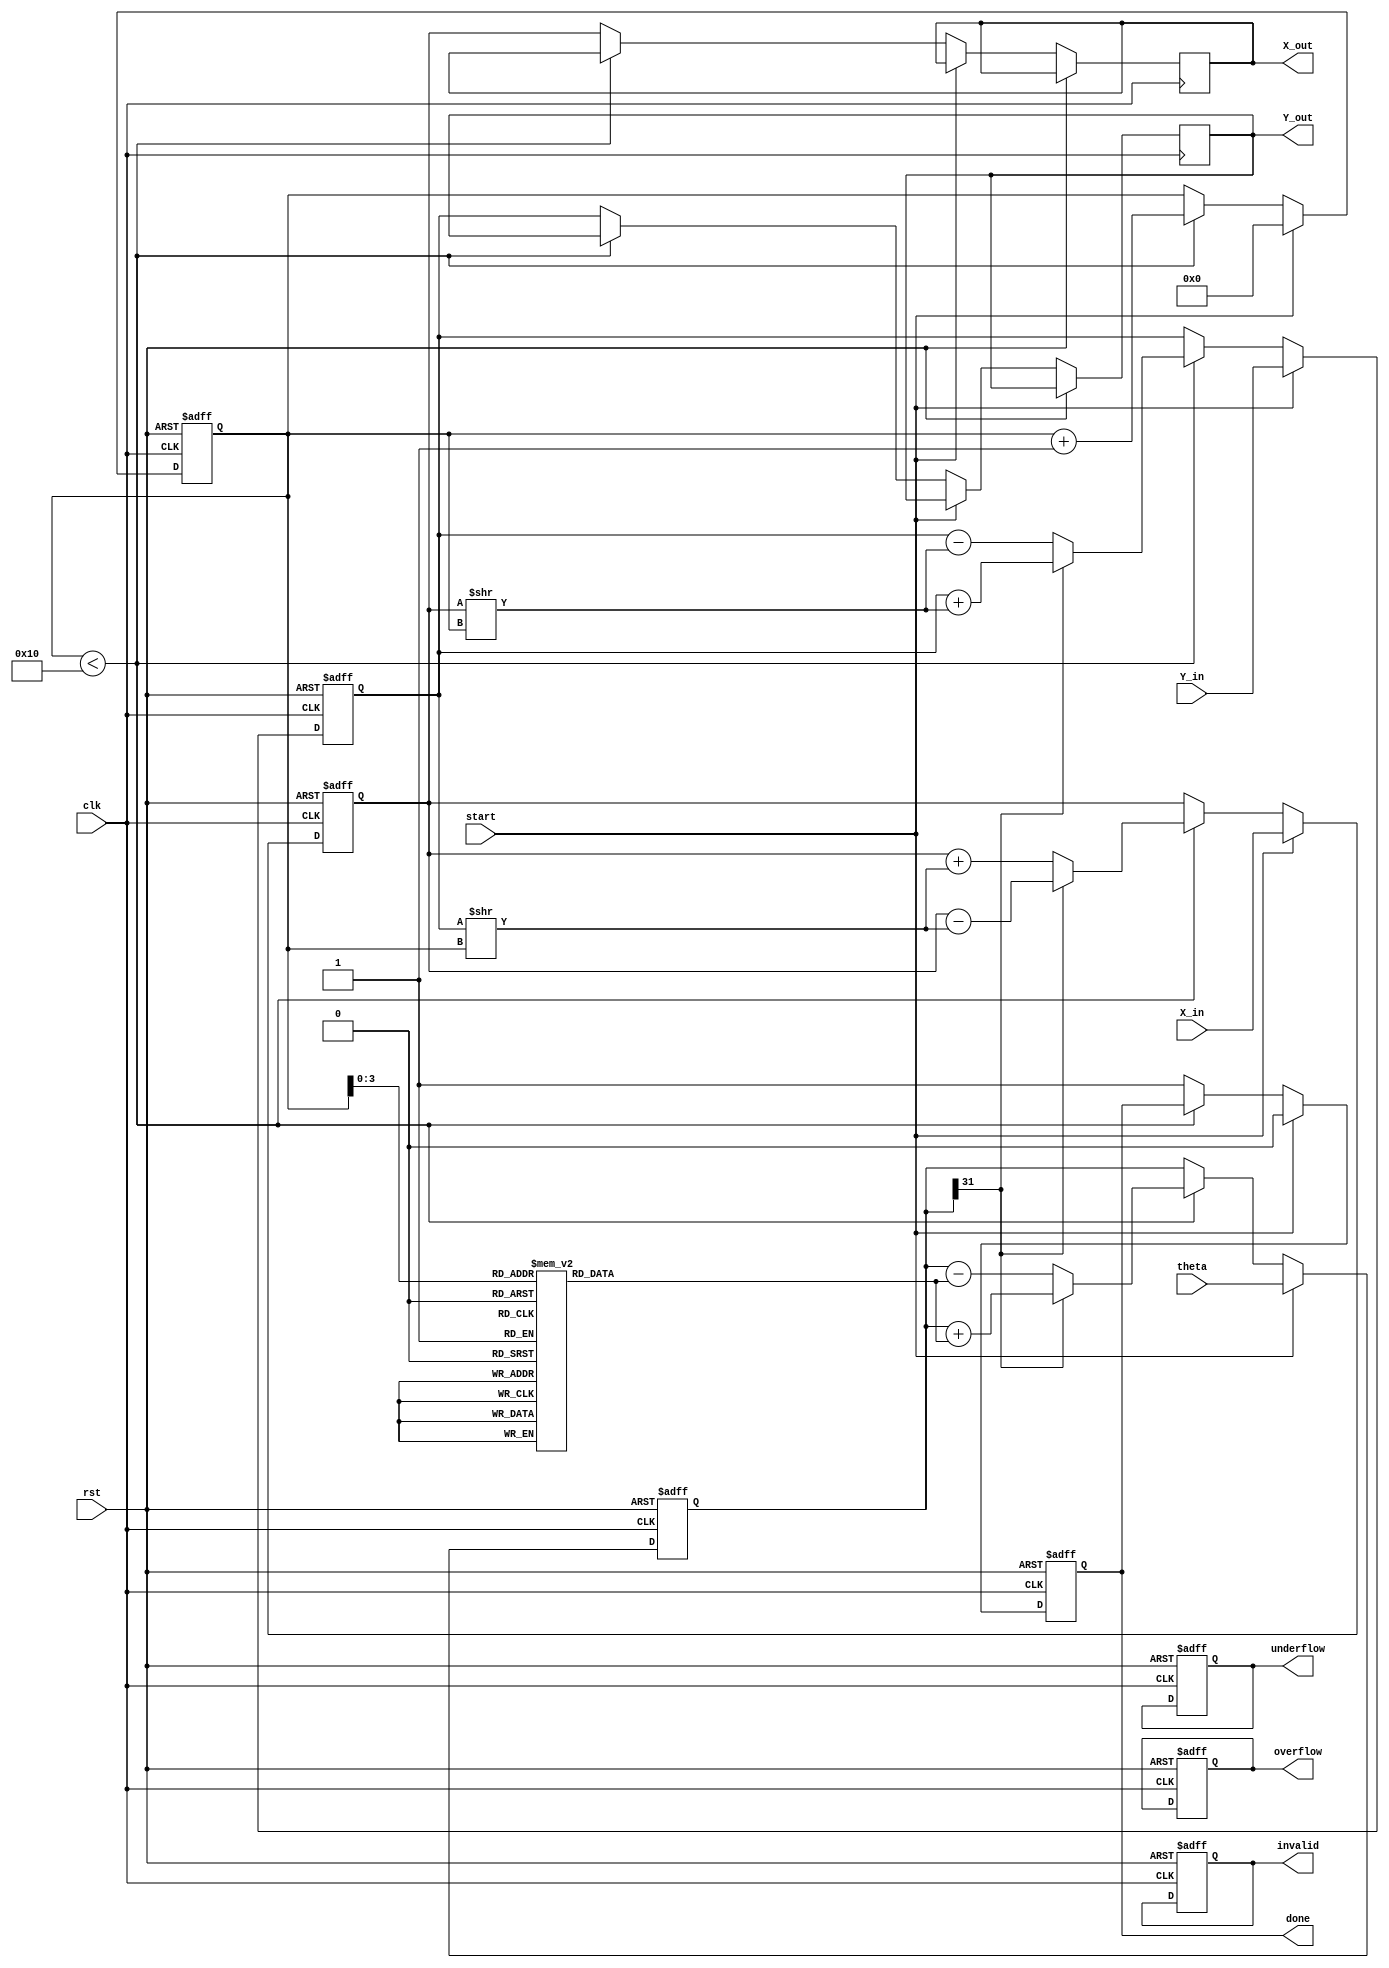
module cordic_floating_point (
    input wire clk,
    input wire rst,
    input wire start,
    input wire [31:0] X_in,  // IEEE 754 single-precision floating-point input
    input wire [31:0] Y_in,  // IEEE 754 single-precision floating-point input
    input wire [31:0] theta,  // Angle input in IEEE 754 format
    output reg [31:0] X_out,  // Output X in IEEE 754 format
    output reg [31:0] Y_out,  // Output Y in IEEE 754 format
    output reg done,
    output reg overflow,
    output reg underflow,
    output reg invalid
);

    // CORDIC parameters
    parameter NUM_ITERATIONS = 16; // Number of iterations for precision
    reg [31:0] atan_table [0:NUM_ITERATIONS-1]; // Lookup table for arctangent values
    reg [31:0] K [0:NUM_ITERATIONS-1]; // Scaling factors

    // Internal registers
    reg [31:0] X_reg, Y_reg, Z_reg; // Internal registers for computations
    reg [4:0] iteration;
    reg direction;

    // Initialize atan_table and K values (these should be precomputed)
    initial begin
        // Populate atan_table with arctangent values in IEEE 754 format
        // Populate K with scaling factors
        // For example:
        atan_table[0] = 32'h3F19999A; // atan(1) in IEEE 754
        K[0] = 32'h3F000000; // K[0] value in IEEE 754
        // Continue to fill the tables...
    end

    // FSM to control CORDIC iterations
    always @(posedge clk or posedge rst) begin
        if (rst) begin
            X_reg <= 32'b0;
            Y_reg <= 32'b0;
            Z_reg <= 32'b0;
            iteration <= 0;
            done <= 0;
            overflow <= 0;
            underflow <= 0;
            invalid <= 0;
        end else if (start) begin
            // Load inputs
            X_reg <= X_in;
            Y_reg <= Y_in;
            Z_reg <= theta;
            iteration <= 0;
            done <= 0;
        end else if (iteration < NUM_ITERATIONS) begin
            // CORDIC iteration logic
            if (Z_reg[31] == 1'b0) begin // Positive angle
                // Rotate clockwise
                Y_reg <= Y_reg - (X_reg >> iteration);
                X_reg <= X_reg + (Y_reg >> iteration);
                Z_reg <= Z_reg - atan_table[iteration];
            end else begin // Negative angle
                // Rotate counterclockwise
                Y_reg <= Y_reg + (X_reg >> iteration);
                X_reg <= X_reg - (Y_reg >> iteration);
                Z_reg <= Z_reg + atan_table[iteration];
            end
            iteration <= iteration + 1;
        end else begin
            // Final output after iterations
            X_out <= X_reg; // Output X
            Y_out <= Y_reg; // Output Y
            done <= 1;
            // Check for overflow, underflow, and invalid conditions
            // Set the appropriate flags
        end
    end
endmodule